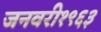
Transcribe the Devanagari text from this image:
जनवरी१९६३